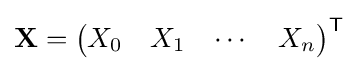
\mathbf {X} ={\begin{pmatrix}X_{0}&X_{1}&\cdots &X_{n}\end{pmatrix}}^{\mathsf {T}}